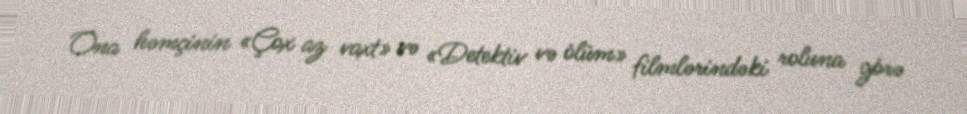
Ona həmçinin «Çox az vaxt» və «Detektiv və ölüm» filmlərindəki roluna görə